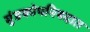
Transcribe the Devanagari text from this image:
मुंडकोपनिषदात